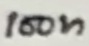
Text: 100n